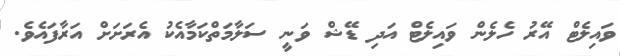
ވައިލެޓް އޭރު ހެލެން ވައިލެޓް އަދި ޑޭޝް ވަނީ ސަލާމަތްކަމާއެކު އެރަށަށް އަރާފައެވެ.